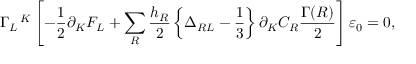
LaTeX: \Gamma _ { L } ^ { ~ ~ K } \left[ - \frac { 1 } { 2 } \partial _ { K } F _ { L } + \sum _ { R } \frac { h _ { R } } { 2 } \left\{ \Delta _ { R L } - \frac { 1 } { 3 } \right\} \partial _ { K } C _ { R } \frac { \Gamma ( R ) } { 2 } \right] \varepsilon _ { 0 } = 0 ,